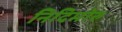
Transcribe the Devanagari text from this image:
निदिमोरु